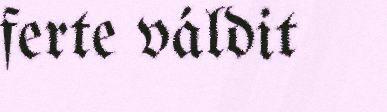
ferte váldit